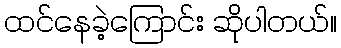
ထင်နေခဲ့ကြောင်း ဆိုပါတယ်။